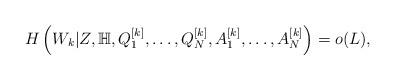
LaTeX: \begin{align*} H\left(W_k|Z, \mathbb{H}, Q_1^{[k]}, \dots, Q_N^{[k]}, A_1^{[k]}, \dots, A_N^{[k]} \right) = o(L), \end{align*}